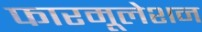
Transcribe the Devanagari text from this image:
फारमूलेशन